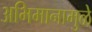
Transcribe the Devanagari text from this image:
अभिमानामुळे